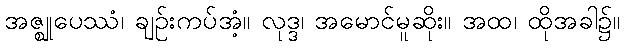
အဇ္ဈုပေဿံ၊ ချဉ်းကပ်အံ့။ လုဒ္ဒ၊ အမောင်မူဆိုး။ အထ၊ ထိုအခါ၌။